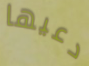
دعيها